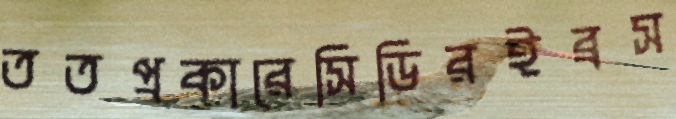
ততপ্রকারেসিডিরইব্রস